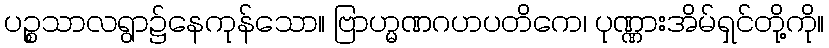
ပဉ္စသာလရွာ၌နေကုန်သော။ ဗြာဟ္မဏဂဟပတိကေ၊ ပုဏ္ဏားအိမ်ရှင်တို့ကို။